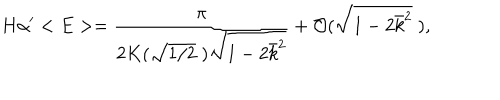
H \alpha ^ { \prime } < E > = \frac { \pi } { 2 K ( \sqrt { 1 / 2 } \; ) \sqrt { 1 - 2 \bar { k } ^ { 2 } } } + { \cal O } ( \sqrt { 1 - 2 \bar { k } ^ { 2 } } \; ) ,